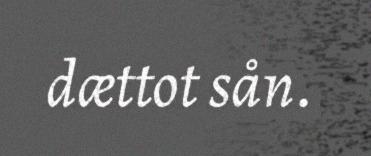
dættot sån.